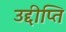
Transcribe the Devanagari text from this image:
उद्दीप्ति